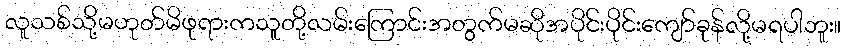
လူသစ်သို့မဟုတ်မိဖုရားကသူတို့လမ်းကြောင်းအတွက်မဆိုအပိုင်းပိုင်းကျော်ခုန်လို့မရပါဘူး။